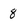
Character: 8